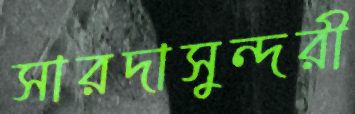
সারদাসুন্দরী